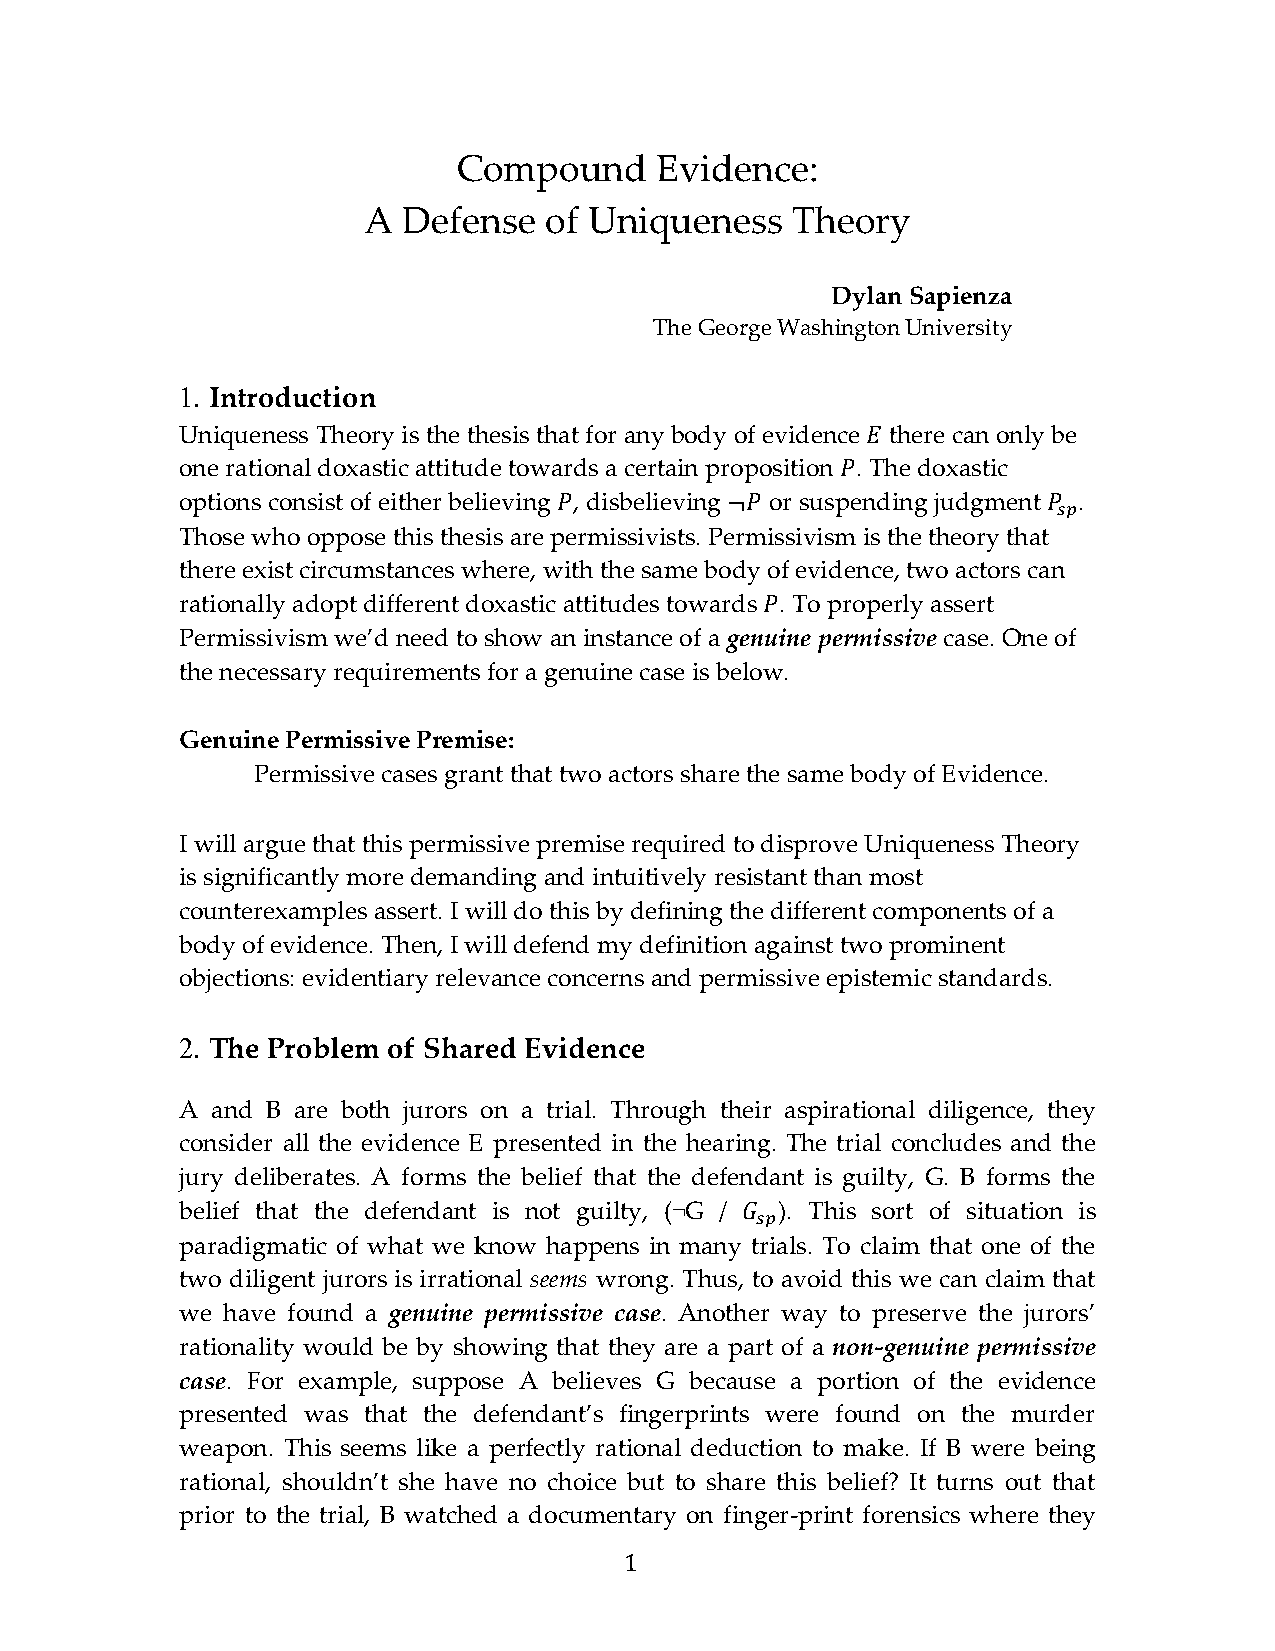
Compound     Evidence:
 A  Defense  of Uniqueness   Theory
 Dylan Sapienza
 The George Washington University
 1. Introduction
 Uniqueness Theory is the thesis that for any body of evidence there can only be
 one rational doxastic attitude towards a certain proposition . The doxastic
 𝐸𝐸
 options consist of either believing , disbelieving or suspending judgment .
 𝑃𝑃
 Those who oppose this thesis are permissivists. Permissivism is the theory that
 𝑃𝑃         ¬𝑃𝑃                  𝑃𝑃𝑠𝑠𝑠𝑠
 there exist circumstances where, with the same body of evidence, two actors can
 rationally adopt different doxastic attitudes towards . To properly assert
 Permissivism we’d need to show an instance of a genuine permissive case. One of
 𝑃𝑃
 the necessary requirements for a genuine case is below.
 Genuine Permissive Premise:
 Permissive cases grant that two actors share the same body of Evidence.
 I will argue that this permissive premise required to disprove Uniqueness Theory
 is significantly more demanding and intuitively resistant than most
 counterexamples assert. I will do this by defining the different components of a
 body of evidence. Then, I will defend my definition against two prominent
 objections: evidentiary relevance concerns and permissive epistemic standards.
 2. The Problem of Shared Evidence
 A and B are both jurors on a trial. Through their aspirational diligence, they
 consider all the evidence E presented in the hearing. The trial concludes and the
 jury deliberates. A forms the belief that the defendant is guilty, G. B forms the
 belief that the defendant is not guilty, (¬G / ). This sort of situation is
 paradigmatic of what we know happens in many trials. To claim that one of the
 𝐺𝐺𝑠𝑠𝑠𝑠
 two diligent jurors is irrational seems wrong. Thus, to avoid this we can claim that
 we have found a genuine permissive case. Another way to preserve the jurors’
 rationality would be by showing that they are a part of a non-genuine permissive
 case. For example, suppose A believes G because a portion of the evidence
 presented was that the defendant’s fingerprints were found on the murder
 weapon. This seems like a perfectly rational deduction to make. If B were being
 rational, shouldn’t she have no choice but to share this belief? It turns out that
 prior to the trial, B watched a documentary on finger-print forensics where they
 1